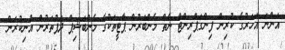
އަންނަ އަހަރުގެ ކުރިން ފިންގަޕްރިންޓް ނެތް މެންބަރުން ޕާޓީތަކުގެ މެންބަޝިޕް ދަފުތަރުން އުނިކުރަން